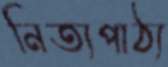
নিত্যপাঠ্য